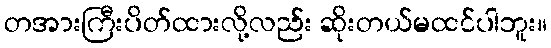
တအားကြီးပိတ်ထားလို့လည်း ဆိုးတယ်မထင်ပါဘူး။